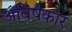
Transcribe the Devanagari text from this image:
अविषकार